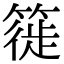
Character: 簁